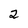
Character: 2